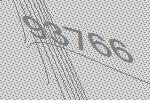
93766